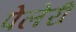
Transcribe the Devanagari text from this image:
पेलेरी